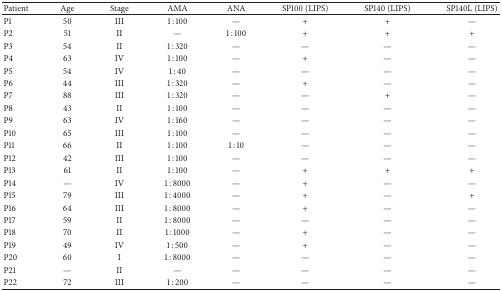
<table><thead><tr><td><b>Patient</b></td><td><b>Age</b></td><td><b>Stage</b></td><td><b>AMA</b></td><td><b>ANA</b></td><td><b>SP100 (LIPS)</b></td><td><b>SP140 (LIPS)</b></td><td><b>SP140L (LIPS)</b></td></tr></thead><tbody><tr><td>P1</td><td>50</td><td>III</td><td>1 : 100</td><td>—</td><td>+</td><td>+</td><td>—</td></tr><tr><td>P2</td><td>51</td><td>II</td><td>—</td><td>1 : 100</td><td>+</td><td>+</td><td>+</td></tr><tr><td>P3</td><td>54</td><td>II</td><td>1 : 320</td><td>—</td><td>—</td><td>—</td><td>—</td></tr><tr><td>P4</td><td>63</td><td>IV</td><td>1 : 100</td><td>—</td><td>+</td><td>—</td><td>—</td></tr><tr><td>P5</td><td>54</td><td>IV</td><td>1 : 40</td><td>—</td><td>—</td><td>—</td><td>—</td></tr><tr><td>P6</td><td>44</td><td>III</td><td>1 : 320</td><td>—</td><td>+</td><td>—</td><td>—</td></tr><tr><td>P7</td><td>88</td><td>III</td><td>1 : 320</td><td>—</td><td>—</td><td>+</td><td>—</td></tr><tr><td>P8</td><td>43</td><td>II</td><td>1 : 100</td><td>—</td><td>—</td><td>—</td><td>—</td></tr><tr><td>P9</td><td>63</td><td>IV</td><td>1 : 160</td><td>—</td><td>—</td><td>—</td><td>—</td></tr><tr><td>P10</td><td>65</td><td>III</td><td>1 : 100</td><td>—</td><td>—</td><td>—</td><td>—</td></tr><tr><td>P11</td><td>66</td><td>II</td><td>1 : 100</td><td>1 : 10</td><td>—</td><td>—</td><td>—</td></tr><tr><td>P12</td><td>42</td><td>III</td><td>1 : 100</td><td>—</td><td>—</td><td>—</td><td>—</td></tr><tr><td>P13</td><td>61</td><td>II</td><td>1 : 100</td><td>—</td><td>+</td><td>+</td><td>+</td></tr><tr><td>P14</td><td>—</td><td>IV</td><td>1 : 8000</td><td>—</td><td>+</td><td>—</td><td>—</td></tr><tr><td>P15</td><td>79</td><td>III</td><td>1 : 4000</td><td>—</td><td>+</td><td>—</td><td>+</td></tr><tr><td>P16</td><td>64</td><td>III</td><td>1 : 8000</td><td>—</td><td>+</td><td>—</td><td>—</td></tr><tr><td>P17</td><td>59</td><td>II</td><td>1 : 8000</td><td>—</td><td>—</td><td>—</td><td>—</td></tr><tr><td>P18</td><td>70</td><td>II</td><td>1 : 1000</td><td>—</td><td>+</td><td>—</td><td>—</td></tr><tr><td>P19</td><td>49</td><td>IV</td><td>1 : 500</td><td>—</td><td>+</td><td>—</td><td>—</td></tr><tr><td>P20</td><td>60</td><td>I</td><td>1 : 8000</td><td>—</td><td>—</td><td>—</td><td>—</td></tr><tr><td>P21</td><td>—</td><td>II</td><td>—</td><td>—</td><td>—</td><td>—</td><td>—</td></tr><tr><td>P22</td><td>72</td><td>III</td><td>1 : 200</td><td>—</td><td>—</td><td>—</td><td>—</td></tr></tbody></table>